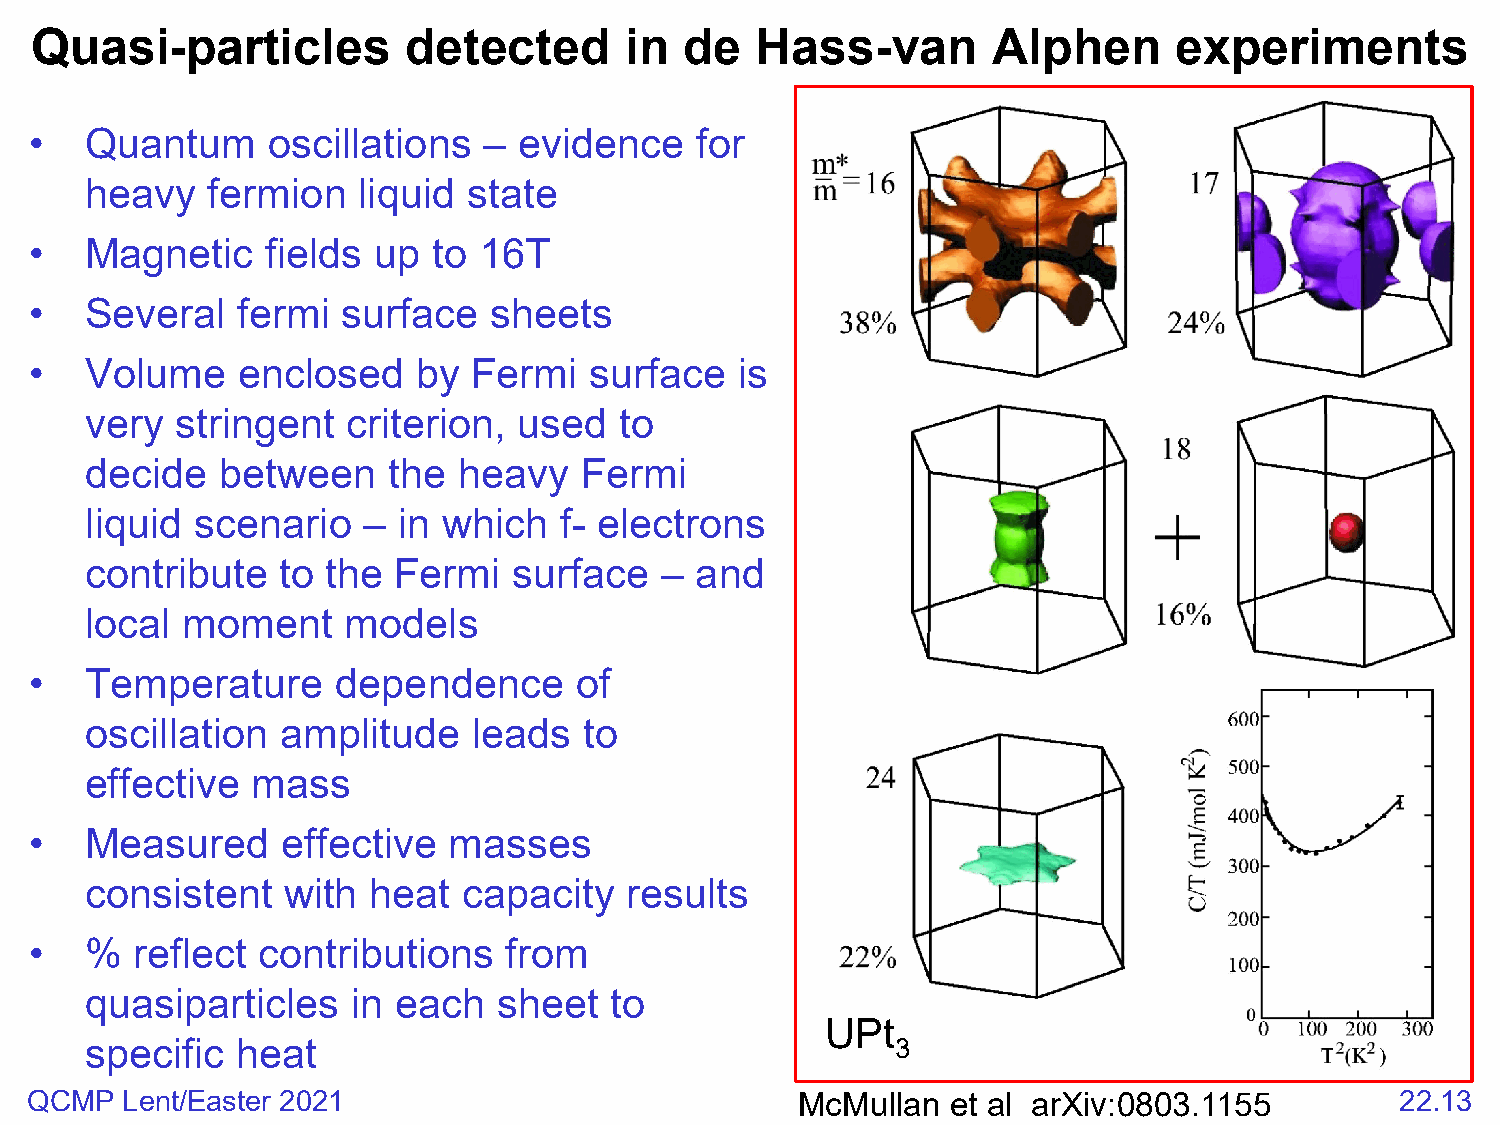
Quasi-particles          detected      in  de   Hass-van        Alphen      experiments
 •   Quantum     oscillations  – evidence    for
 heavy   fermion   liquid state
 •   Magnetic    fields up  to 16T
 •   Several   fermi  surface  sheets
 •   Volume    enclosed    by Fermi   surface   is
 very  stringent  criterion, used   to
 decide   between    the heavy   Fermi
 liquid scenario   – in which   f- electrons
 contribute   to the Fermi   surface   – and
 local moment     models
 •   Temperature     dependence      of
 oscillation  amplitude   leads   to
 effective  mass
 •   Measured     effective  masses
 consistent   with heat   capacity  results
 •   %  reflect contributions    from
 quasiparticles   in each   sheet  to
 UPt
 specific  heat                                       3
 QCMP  Lent/Easter 2021                             McMullan  et al arXiv:0803.1155         22.13